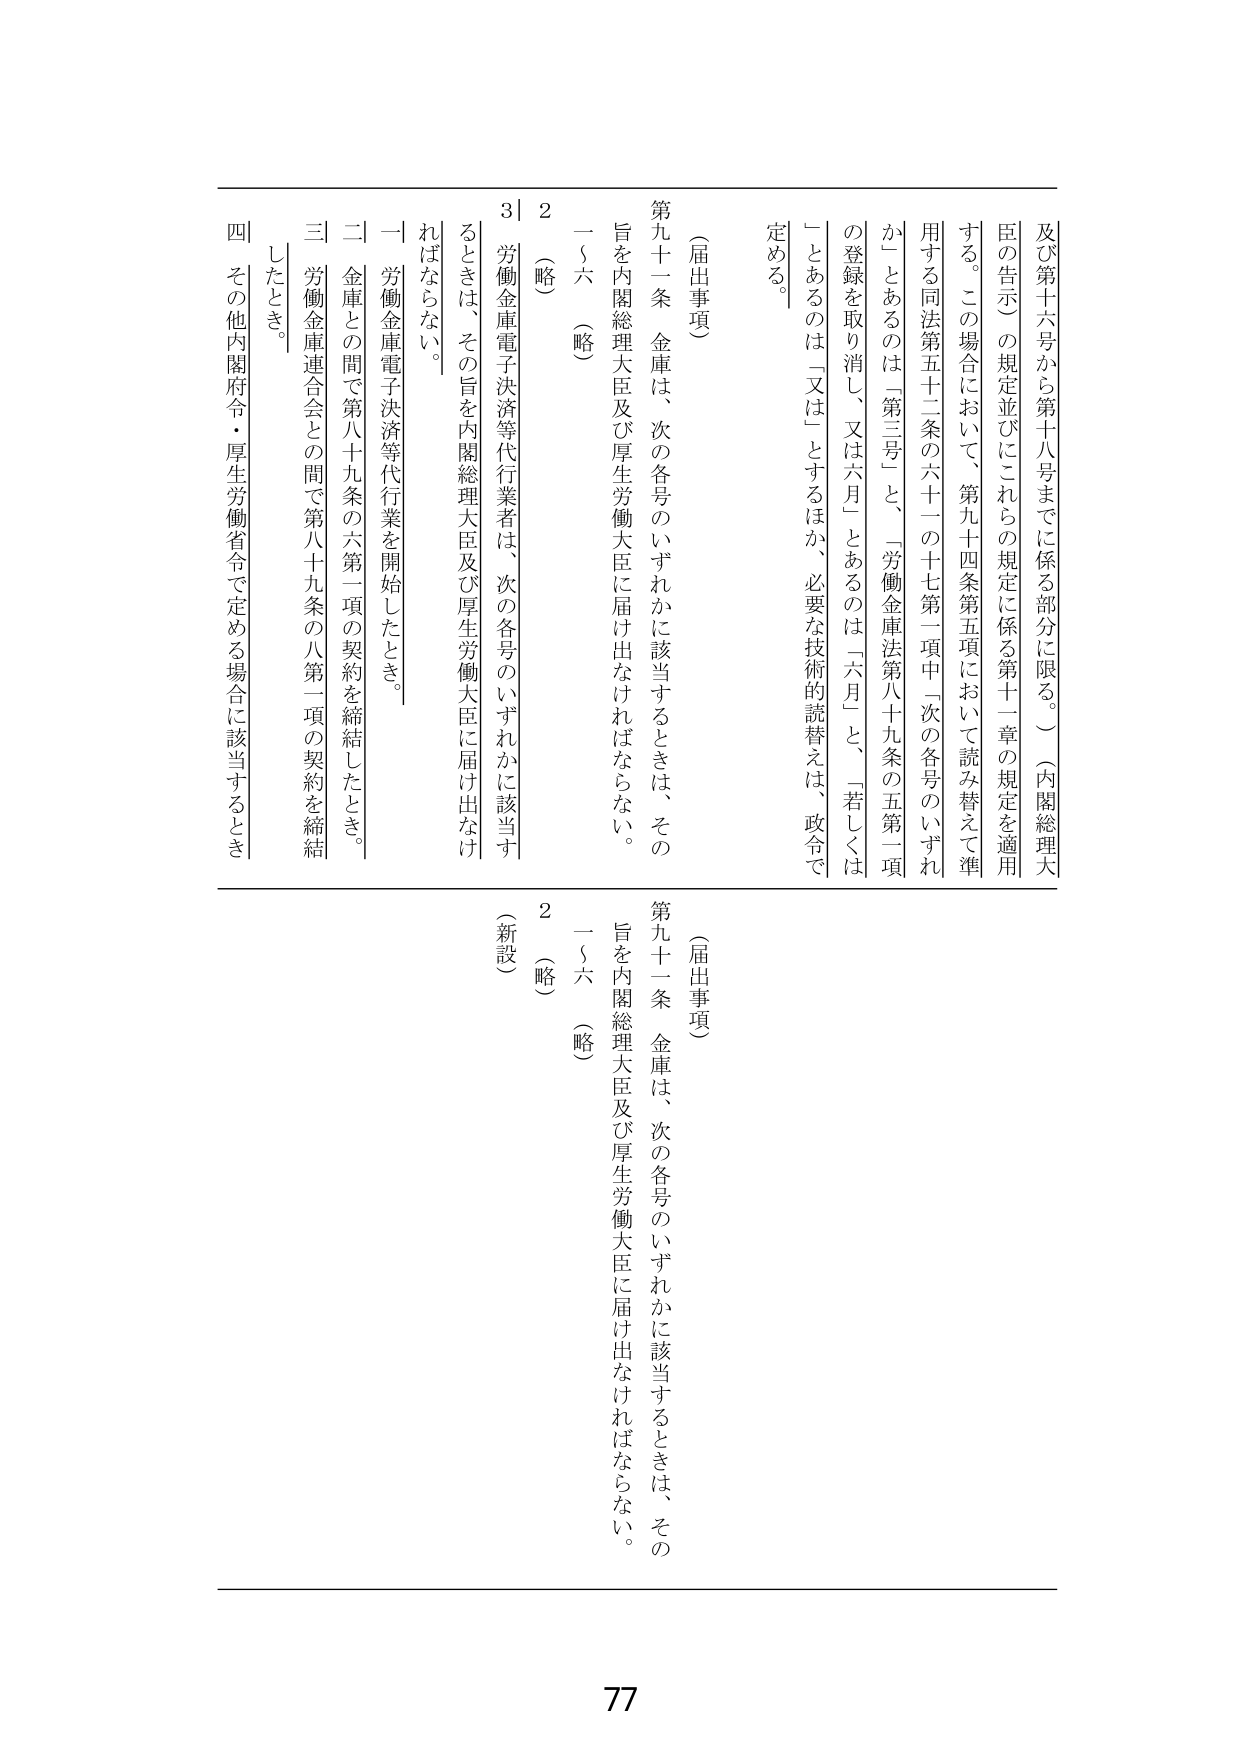
及び第十六号から第十八号までに係る部分に限る。）（内閣総理大臣の告示）の規定並びにこれらの規定に係る第十一章の規定を適用する。この場合において、第九十四条第五項において読み替えて準用する同法第五十二条の六十一の十七第一項中「次の各号のいずれか」とあるのは「第三号」と、「労働金庫法第八十九条の五第一項の登録を取り消し、又は六月」とあるのは「六月」と、「若しくは」とあるのは「又は」とするほか、必要な技術的読替えは、政令で定める。

（届出事項）

第九十一条 金庫は、次の各号のいずれかに該当するときは、その旨を内閣総理大臣及び厚生労働大臣に届け出なければならない。

一～六 （略）

2 （略）

3 労働金庫電子決済等代行業者は、次の各号のいずれかに該当するときは、その旨を内閣総理大臣及び厚生労働大臣に届け出なければならない。

一 労働金庫電子決済等代行業を開始したとき。

二 金庫との間で第八十九条の六第一項の契約を締結したとき。

三 労働金庫連合会との間で第八十九条の八第一項の契約を締結したとき。

四 その他内閣府令・厚生労働省令で定める場合に該当するとき。

（届出事項）

第九十一条 金庫は、次の各号のいずれかに該当するときは、その旨を内閣総理大臣及び厚生労働大臣に届け出なければならない。

一～六 （略）

2 （略）

（新設）

77